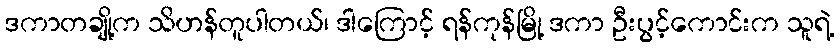
ဒကာတချို့က သိဟန်တူပါတယ်၊ ဒါကြောင့် ရန်ကုန်မြို့ ဒကာ ဦးပွင့်ကောင်းက သူရဲ့